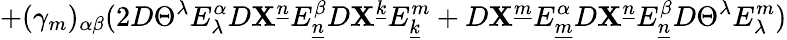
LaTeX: +(\gamma_{m})_{\alpha\beta}(2D\Theta^{\lambda}E_{\lambda}^{\alpha}D\mathbf{X}^{\underline{{{{n}}}}}E_{\underline{{{{n}}}}}^{\beta}D\mathbf{X}^{\underline{{{{k}}}}}E_{\underline{{{{k}}}}}^{m}+D\mathbf{X}^{\underline{{{{m}}}}}E_{\underline{{{{m}}}}}^{\alpha}D\mathbf{X}^{\underline{{{{n}}}}}E_{\underline{{{{n}}}}}^{\beta}D\Theta^{\lambda}E_{\lambda}^{m})